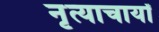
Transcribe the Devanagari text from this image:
नृत्याचार्यों